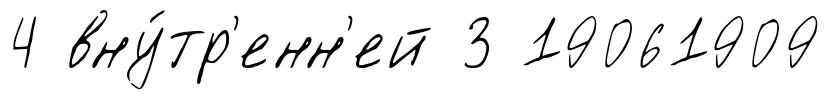
4 вну́тр'енн'ей 3 19061909